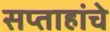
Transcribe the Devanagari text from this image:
सप्ताहांचे